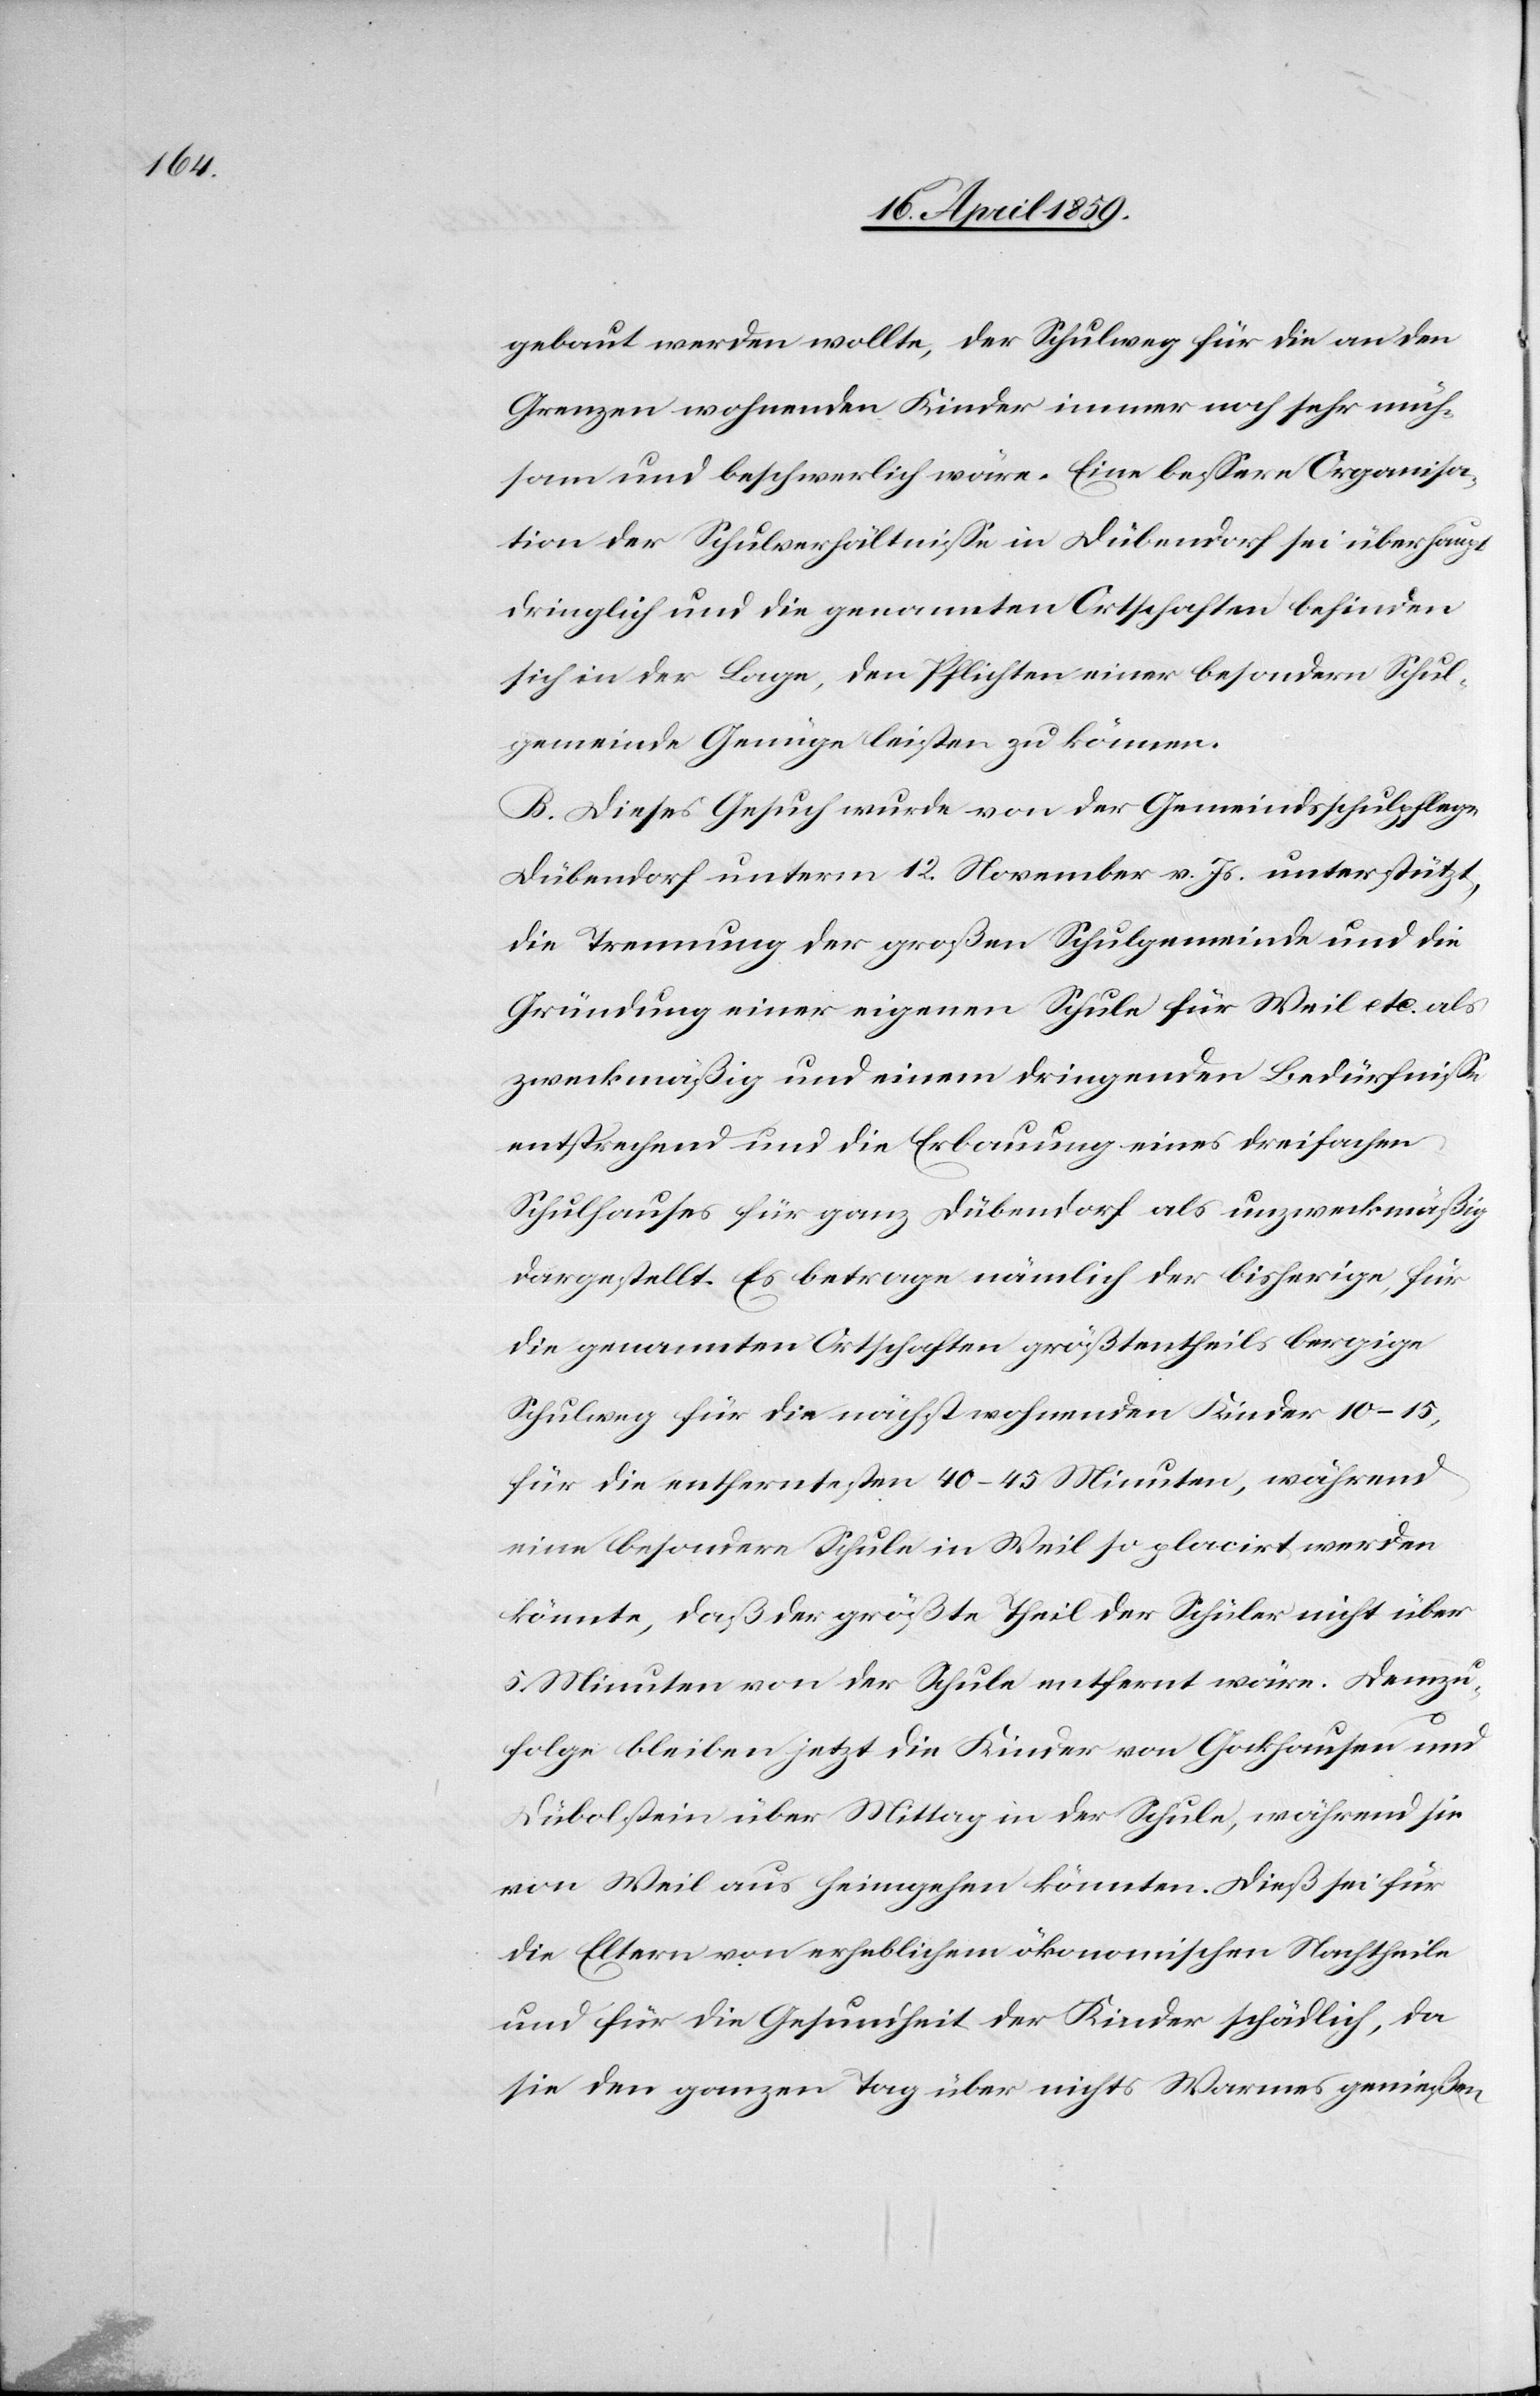
gebaut werden wollte, der Schulweg für die an den
Grenzen wohnenden Kinder immer noch sehr müh¬
sam und beschwerlich wäre. Eine beßere Organisa¬
tion der Schulverhältniße in Dübendorf sei überhaupt
dringlich und die genannten Ortschaften befinden
sich in der Lage, den Pflichten einer besondern Schul¬
gemeinde Genüge leisten zu können.
B. Dieses Gesuch wurde von der Gemeindsschulpflege
Dübendorf unterm 12. November v. Js. unterstützt,
die Trennung der großen Schulgemeinde und die
Gründung einer eigenen Schule für Weil etc. als
zweckmäßig und einem dringenden Bedürfniße
entsprechend und die Erbauung eines dreifachen
Schulhauses für ganz Dübendorf als unzweckmäßig
dargestellt. Es betrage nämlich der bisherige, für
die genannten Ortschaften größtentheils bergige
Schulweg für die nächstwohnenden Kinder 10-15,
für die entferntesten 40-45 Minuten, während
eine besondere Schule in Weil so placirt werden
könnte, daß der größte Theil der Schüler nicht über
5 Minuten von der Schule entfernt wäre. Demzu¬
folge bleiben jetzt die Kinder von Gockhausen und
Dübolstein über Mittag in der Schule, während sie
von Weil aus heimgehen könnten. Dieß sei für
die Eltern von erheblichem ökonomischen Nachtheile
und für die Gesundheit der Kinder schädlich, da
sie den ganzen Tag über nichts Warmes genießen